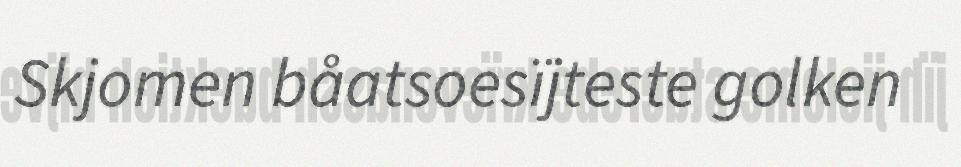
Skjomen båatsoesïjteste golken